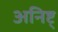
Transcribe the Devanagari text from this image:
अनिष्ट्